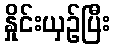
နှိုင်းယှဉ်ပြီး